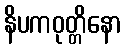
နိပကဝုတ္တိနော